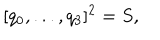
[ q _ { 0 } , . . . , q _ { 3 } ] ^ { 2 } = S ,